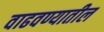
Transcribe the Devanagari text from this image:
वाढवण्यातील